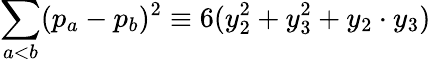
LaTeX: \sum_{a<b}(p_{a}-p_{b})^{2}\equiv 6(y_{2}^{2}+y_{3}^{2}+y_{2}\cdot y_{3})